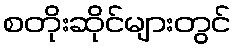
စတိုးဆိုင်များတွင်